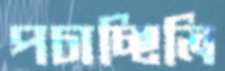
পচাচ্ছিলি